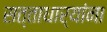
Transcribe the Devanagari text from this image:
सत्ताधार्यांना